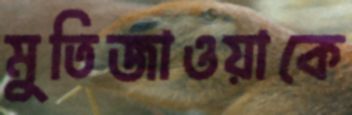
মুতিজাওয়াকে